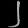
Digit: ၂